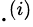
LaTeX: \cdot^{(i)}